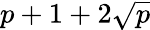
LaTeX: p+1+2\sqrt{p}